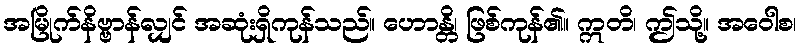
အမြိုက်နိဗ္ဗာန်လျှင် အဆုံးရှိကုန်သည်။ ဟောန္တိ၊ ဖြစ်ကုန်၏။ ဣတိ၊ ဤသို့။ အဝေါစ၊